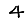
Digit: 4